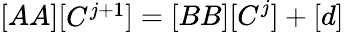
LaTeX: {\left[\begin{array}{l}{AA}\end{array}\right]}{\left[\begin{array}{l}{C^{j+1}}\end{array}\right]}=[BB][C^{j}]+[d]